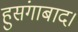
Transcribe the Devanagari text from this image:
हुसंगाबाद।